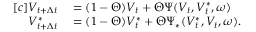
\begin{array} { r } { \begin{array} { r l } { [ c ] V _ { t + \Delta { t } } } & { { } = ( 1 - \Theta ) V _ { t } + \Theta \Psi ( V _ { t } , V _ { t } ^ { \ast } , \omega ) } \\ { V _ { t + \Delta { t } } ^ { \ast } } & { { } = ( 1 - \Theta ) V _ { t } ^ { \ast } + \Theta \Psi _ { \ast } ( V _ { t } ^ { \ast } , V _ { t } , \omega ) . } \end{array} } \end{array}